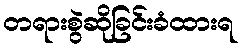
တရားစွဲဆိုခြင်းခံထားရ